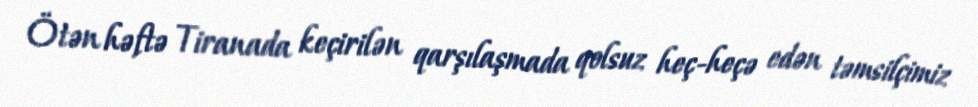
Ötən həftə Tiranada keçirilən qarşılaşmada qolsuz heç-heçə edən təmsilçimiz